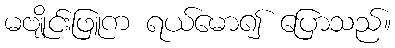
မဗျိုင်းဖြူက ရယ်မော၍ ပြောသည်။